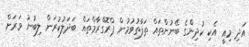
އަދި މިއީ އެކި ކުދިންގެ ބޭނުންތައް ތަފާތުވުމުން ޕްރޮގްރާމްތައް ބަދަލުކުރަން ލިބުނު ވަރަށް